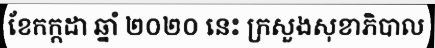
ខែកក្កដា ឆ្នាំ ២០២០ នេះ ក្រសួងសុខាភិបាល